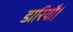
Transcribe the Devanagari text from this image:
डारियौ।